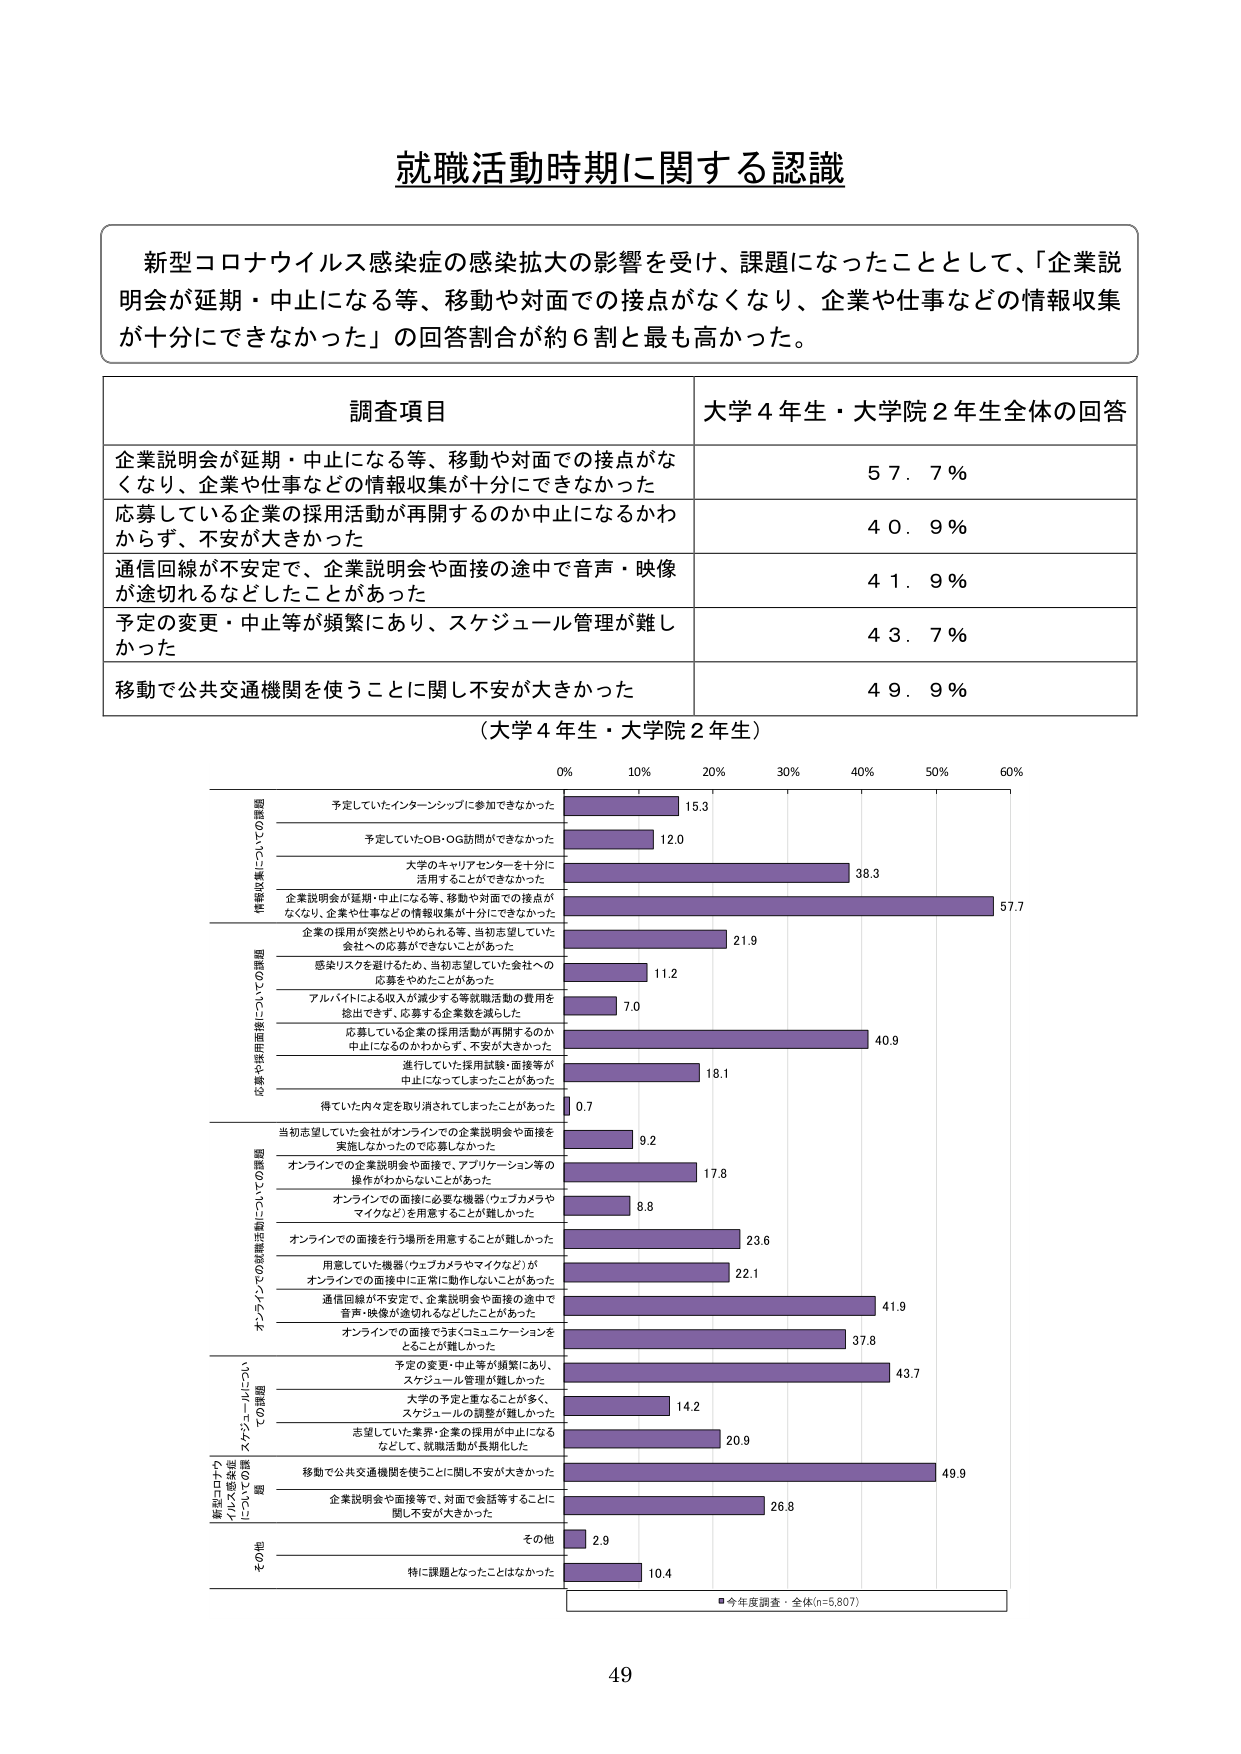
就職活動時期に関する認識

新型コロナウイルス感染症の感染拡大の影響を受け、課題になったこととして、「企業説明会が延期・中止になる等、移動や対面での接点がなくなり、企業や仕事などの情報収集が十分にできなかった」の回答割合が約６割と最も高かった。

調査項目 大学４年生・大学院２年生全体の回答
企業説明会が延期・中止になる等、移動や対面での接点がなくなり、企業や仕事などの情報収集が十分にできなかった 57.7％
応募している企業の採用活動が再開するのか中止になるかわからず、不安が大きかった 40.9％
通信回線が不安定で、企業説明会や面接の途中で音声・映像が途切れるなどしたことがあった 41.9％
予定の変更・中止等が頻繁にあり、スケジュール管理が難しかった 43.7％
移動で公共交通機関を使うことに関し不安が大きかった 49.9％

（大学４年生・大学院２年生）

情報収集についての課題
予定していたインターンシップに参加できなかった 15.3
予定していたOB・OG訪問ができなかった 12.0
大学のキャリアセンターを十分に活用することができなかった 38.3
企業説明会が延期・中止になる等、移動や対面での接点がなくなり、企業や仕事などの情報収集が十分にできなかった 57.7

応募や採用活動についての課題
企業の採用が突然とどめられる等、当初志望していた会社への応募ができなくなることがあった 21.9
感染リスクを避けるため、当初志望していた会社への応募をやめたことがあった 11.2
アルバイトによる収入が減少する等就職活動の費用を捻出できず、応募する企業数を減らした 7.0
応募している企業の採用活動が再開するのか中止になるのかわからず、不安が大きかった 40.9
進行していた採用試験・面接等が中止になってしまったことがあった 18.1
得ていた内々定を取り消されてしまったことがあった 0.7

オンラインでの就職活動についての課題
当初志望していた会社がオンラインでの企業説明会や面接を実施しなかったので応募しなかった 9.2
オンラインでの企業説明会や面接で、アプリケーション等の操作がわからないことがあった 17.8
オンラインでの面接に必要な機器（ウェブカメラやマイクなど）を用意することが難しかった 8.8
オンラインでの面接を行う場所を用意することが難しかった 23.6
用意していた機器（ウェブカメラやマイクなど）がオンラインでの面接中に正常に動作しないことがあった 22.1
通信回線が不安定で、企業説明会や面接の途中で音声・映像が途切れるなどしたことがあった 41.9
オンラインでの面接でうまくコミュニケーションをとることが難しかった 37.8

新型コロナウイルス感染症についての課題
予定の変更・中止等が頻繁にあり、スケジュール管理が難しかった 43.7
大学の予定と重なることが多く、スケジュールの調整が難しかった 14.2
志望していた業界・企業の採用が中止になるなどして、就職活動が長期化した 20.9
移動で公共交通機関を使うことに関し不安が大きかった 49.9
企業説明会や面接等で、対面で会話等することに関し不安が大きかった 26.8

その他
その他 2.9
特に課題となったことはなかった 10.4

■今年度調査・全体(n=5,807)

49